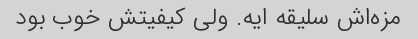
مزه‌اش سلیقه ایه. ولی کیفیتش خوب بود